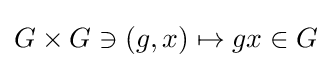
G\times G\ni (g,x)\mapsto gx\in G